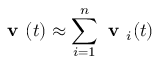
\textbf { v } ( t ) \approx \sum _ { i = 1 } ^ { n } { \textbf { v } _ { i } ( t ) }